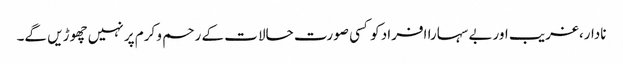
نادار،غریب اوربے سہارا افراد کو کسی صورت حالات کے رحم و کرم پر نہیں چھوڑیں گے۔